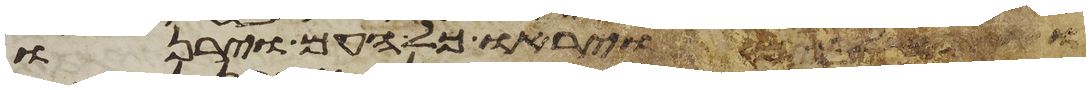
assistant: ויראו כל העם וירנו